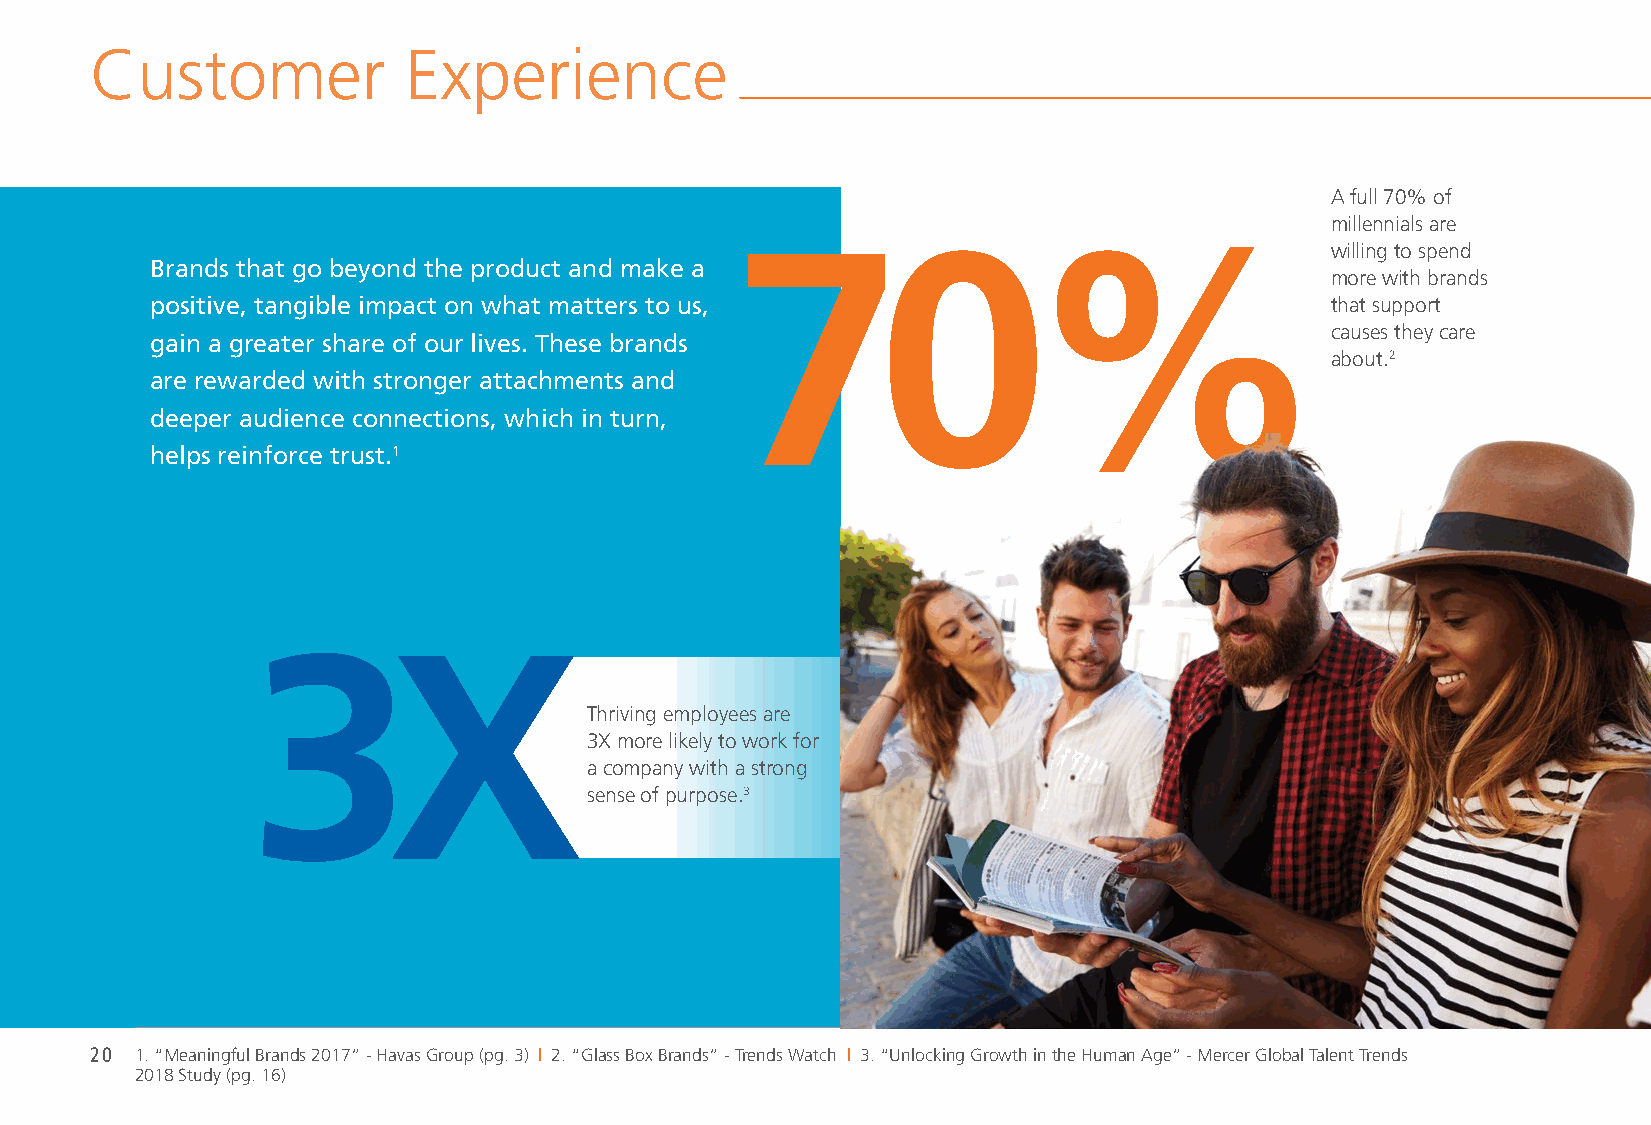
Customer             Experience
 A full 70% of
 millennials are
 70%willing                                 to spend
 Brands that go beyond the product and make a
 more with brands
 positive, tangible impact on what matters to us,                              that support
 causes they care
 gain a greater share of our lives. These brands
 about.2
 are rewarded with stronger attachments and
 deeper audience connections, which in turn,
 helps reinforce trust.1
 3X
 Thriving employees are
 3X more likely to work for
 a company with a strong
 sense of purpose.3
 20 1. “Meaningful Brands 2017” - Havas Group (pg. 3) | 2. “Glass Box Brands” - Trends Watch | 3. “Unlocking Growth in the Human Age” - Mercer Global Talent Trends
 2018 Study (pg. 16)